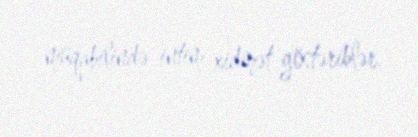
müqabilində intim xidmət göstəriblər.